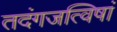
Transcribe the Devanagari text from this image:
तदंगजत्विषां